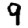
Digit: 9